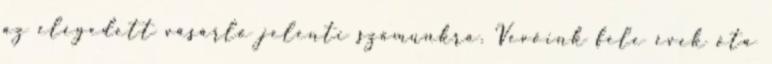
az elégedett vásárló jelenti számunkra. Vevőink fele évek óta